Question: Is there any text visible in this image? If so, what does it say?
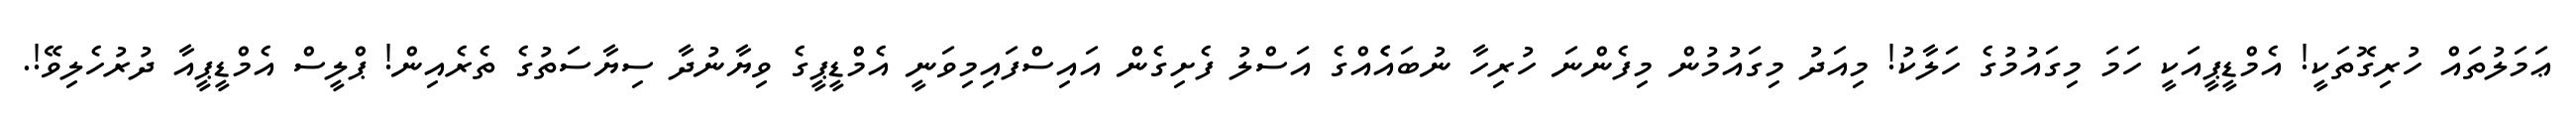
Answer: ޢަމަލުތައް ހުރިގޮތަކީ! އެމްޑީޕީއަކީ ހަމަ މިގައުމުގެ ހަލާކު! މިއަދު މިގައުމުން މިފެންނަ ހުރިހާ ނުބައެެއްގެ އަސްލު ފެށިގެން އައިސްފައިމިވަނީ އެމްޑީޕީގެ ވިޔާނުދާ ސިޔާސަތުގެ ތެރެއިން! ޕްލީސް އެމްޑީޕީއާ ދުރުހެލިވޭ!.